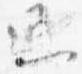
通